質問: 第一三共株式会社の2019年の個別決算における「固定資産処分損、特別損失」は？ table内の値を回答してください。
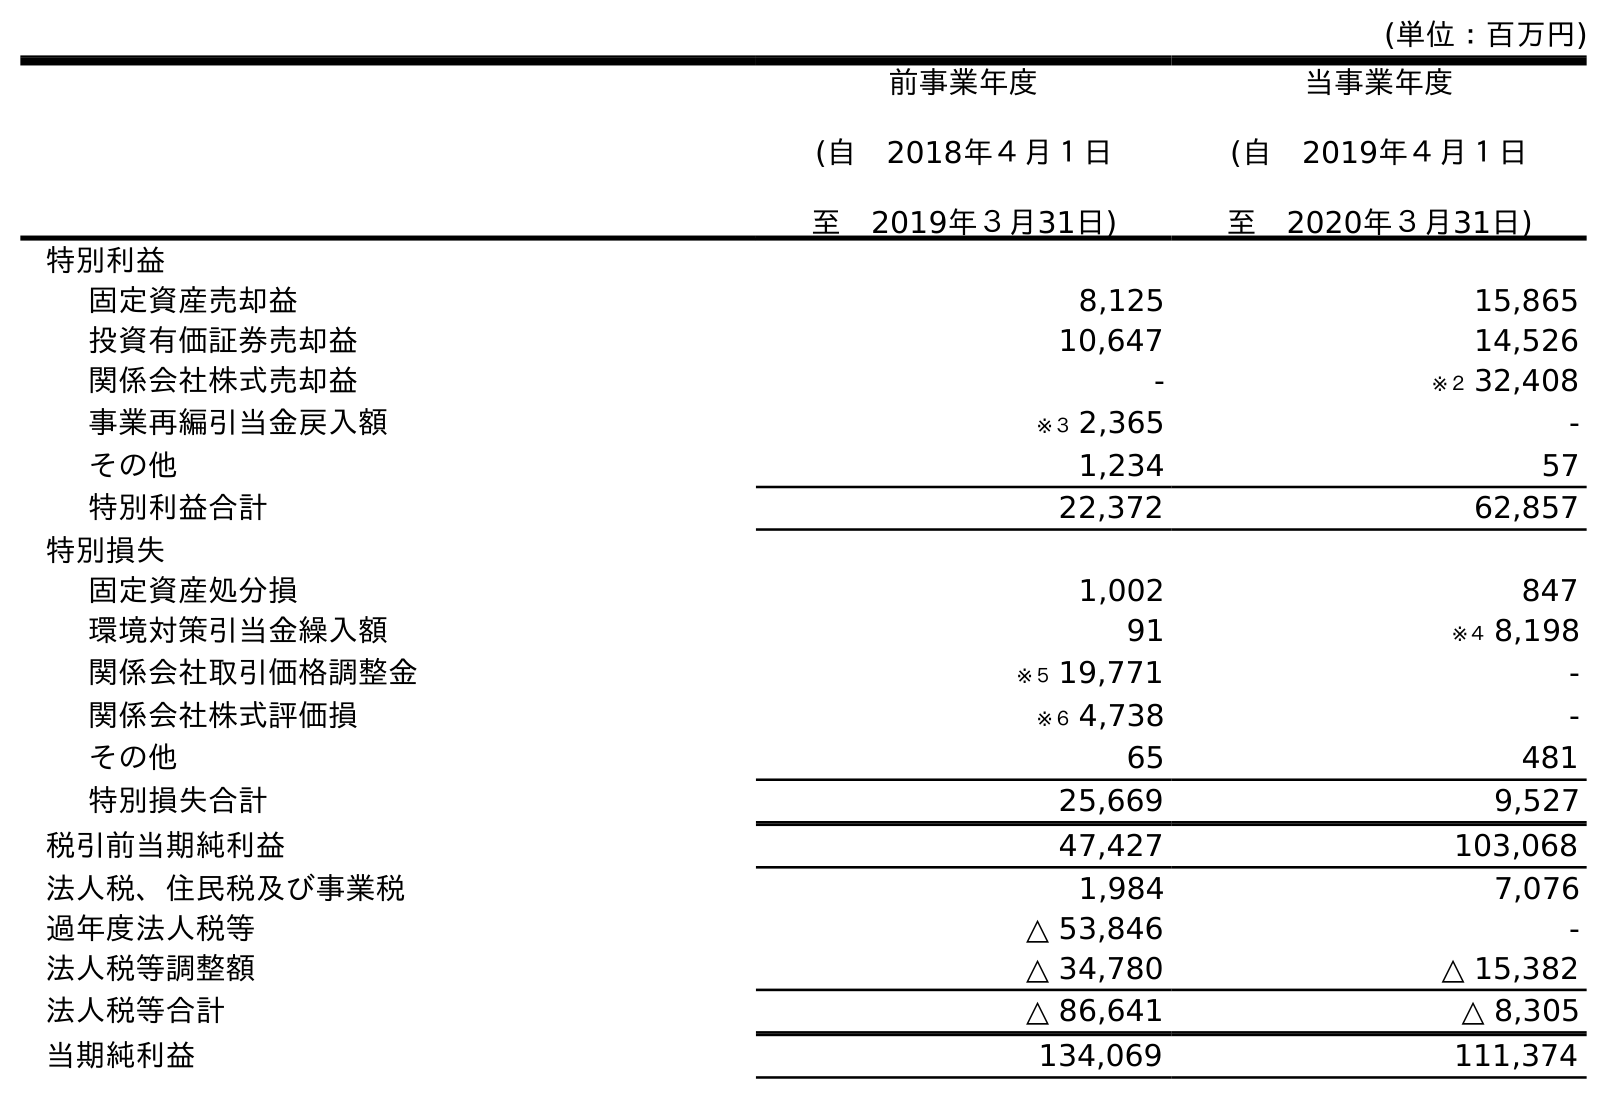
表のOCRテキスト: (単位：百万円) 前事業年度 (自 2018年４月１日 至 2019年３月31日) 当事業年度 (自 2019年４月１日 至 2020年３月31日) 特別利益 固定資産売却益 8,125 15,865 投資有価証券売却益 10,647 14,526 関係会社株式売却益 - ※２ 32,408 事業再編引当金戻入額 ※３ 2,365 - その他 1,234 57 特別利益合計 22,372 62,857 特別損失 固定資産処分損 1,002 847 環境対策引当金繰入額 91 ※４ 8,198 関係会社取引価格調整金 ※５ 19,771 - 関係会社株式評価損 ※６ 4,738 - その他 65 481 特別損失合計 25,669 9,527 税引前当期純利益 47,427 103,068 法人税、住民税及び事業税 1,984 7,076 過年度法人税等 △ 53,846 - 法人税等調整額 △ 34,780 △ 15,382 法人税等合計 △ 86,641 △ 8,305 当期純利益 134,069 111,374
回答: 1,002